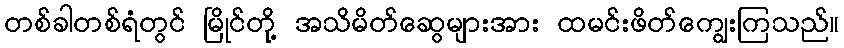
တစ်ခါတစ်ရံတွင် မြိုင်တို့ အသိမိတ်ဆွေများအား ထမင်းဖိတ်ကျွေးကြသည်။